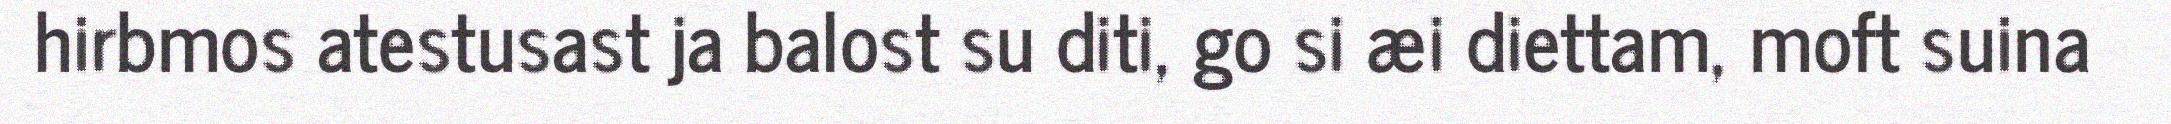
hirbmos atestusast ja balost su diti, go si æi diettam, moft suina